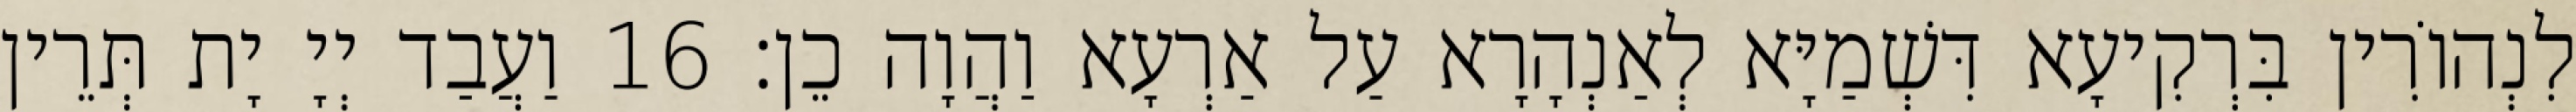
לִנְהוֹרִין בִּרְקִיעָא דִּשְׁמַיָּא לְאַנְהָרָא עַל אַרְעָא וַהֲוָה כֵן׃ 16 וַעֲבַד יְיָ יָת תְּרֵין